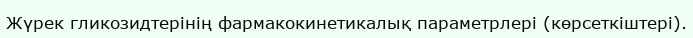
Жүрек гликозидтерінің фармакокинетикалық параметрлері (көрсеткіштері).